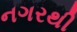
નગરથી